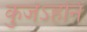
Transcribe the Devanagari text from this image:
कुजेऽहनि